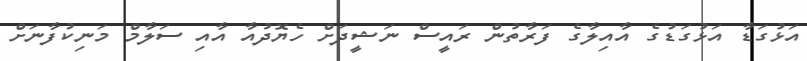
އަޅުގަޑާ އަޅުގަޑުގެ އާއިލާގެ ފަރާތުން ރައީސް ނަޝީދަށް ހެޔޮދުއާ އާއި ސަލާމް މަނިކުފާނަށް